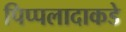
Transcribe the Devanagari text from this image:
पिप्पलादाकडे